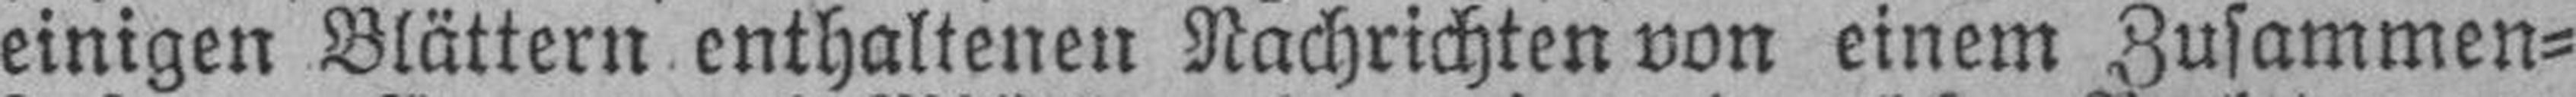
einigen Blättern enthaltenen Nachrichten von einem Zusammen¬